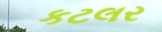
કટલર